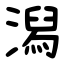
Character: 潟